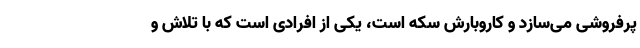
پرفروشی می‌سازد و کاروبارش سکه است، یکی از افرادی است که با تلاش و